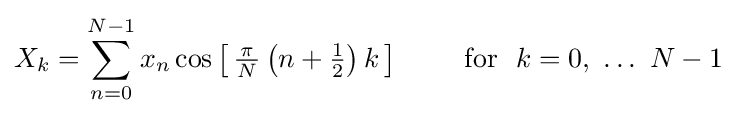
X_{k}=\sum _{n=0}^{N-1}x_{n}\cos \left[\,{\tfrac {\,\pi \,}{N}}\left(n+{\tfrac {1}{2}}\right)k\,\right]\qquad {\text{ for }}~k=0,\ \dots \ N-1~